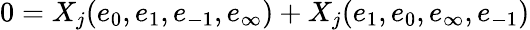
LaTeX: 0=X_{j}(e_{0},e_{1},e_{-1},e_{\infty})+X_{j}(e_{1},e_{0},e_{\infty},e_{-1})